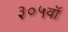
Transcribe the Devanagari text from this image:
३०५वॉ